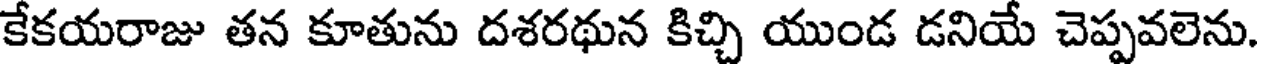
కేకయరాజు తన కూతును దశరథున కిచ్చి యుండ డనియే చెప్పవలెను.